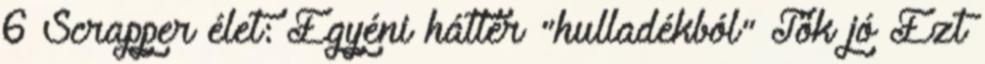
6 Scrapper élet: Egyéni háttér "hulladékból" Tök jó Ezt